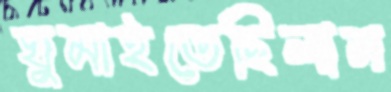
ঘুমাইতেছিলাম